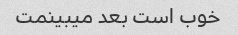
خوب است بعد میبینمت